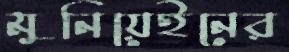
মুনিয়েইনের